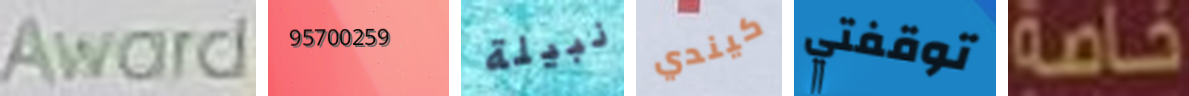
Award 95700259 نبيلة كيندي توقفتي خاصة